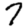
Digit: 7